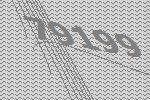
79199